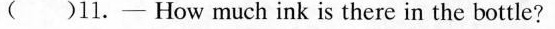
( )11.- How much ink is there in the bottle?